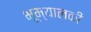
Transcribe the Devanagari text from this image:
भूम्यालकी